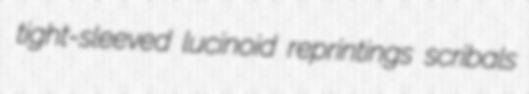
tight-sleeved lucinoid reprintings scribals